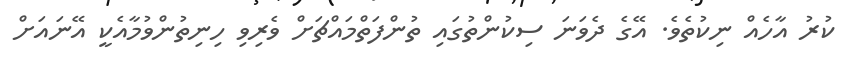
ކުރު އާހެއް ނިކުތެވެ. އޭގެ ދެވަނަ ސިކުންތުގައި ތުންފަތްމައްޗަށް ވެރިވި ހިނިތުންވުމާއެކީ އޭނައަށް